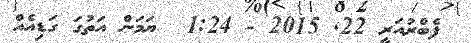
ފެބްރުއަރީ 22